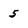
Character: 5